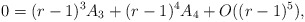
\begin{align*}0 = (r-1)^3 A_3 + (r-1)^4 A_4 + O((r-1)^5),\end{align*}